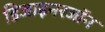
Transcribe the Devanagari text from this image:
डिजाइनरजॉन